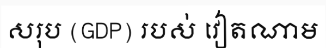
សរុប (GDP) របស់ វៀតណាម